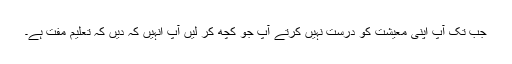
جب تک آپ اپنی معیشت کو درست نہیں کرتے آپ جو کچھ کر لیں آپ انہیں کہ دیں کہ تعلیم مفت ہے۔